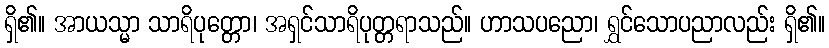
ရှိ၏။ အာယသ္မာ သာရိပုတ္တော၊ အရှင်သာရိပုတ္တရာသည်။ ဟာသပညော၊ ရွှင်သောပညာလည်း ရှိ၏။